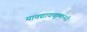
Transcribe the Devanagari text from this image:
यावद्यावच्छुष्कनदी